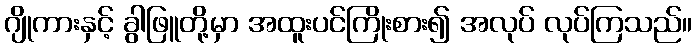
ဂျိုကားနှင့် ခွါဖြူတို့မှာ အထူးပင်ကြိုးစား၍ အလုပ် လုပ်ကြသည်။